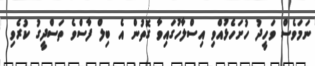
ނަމަވެސް ވަހީދު ހުށަހެޅުއްވި އިސްލާހުގައިވާ ގޮތުން އެ ބިލް ފާސްވެ ތަސްދީގު ކުރެވި